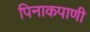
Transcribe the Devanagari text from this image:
पिनाकपाणी